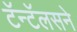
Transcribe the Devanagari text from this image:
टॅन्टॅलसने